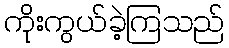
ကိုးကွယ်ခဲ့ကြသည်